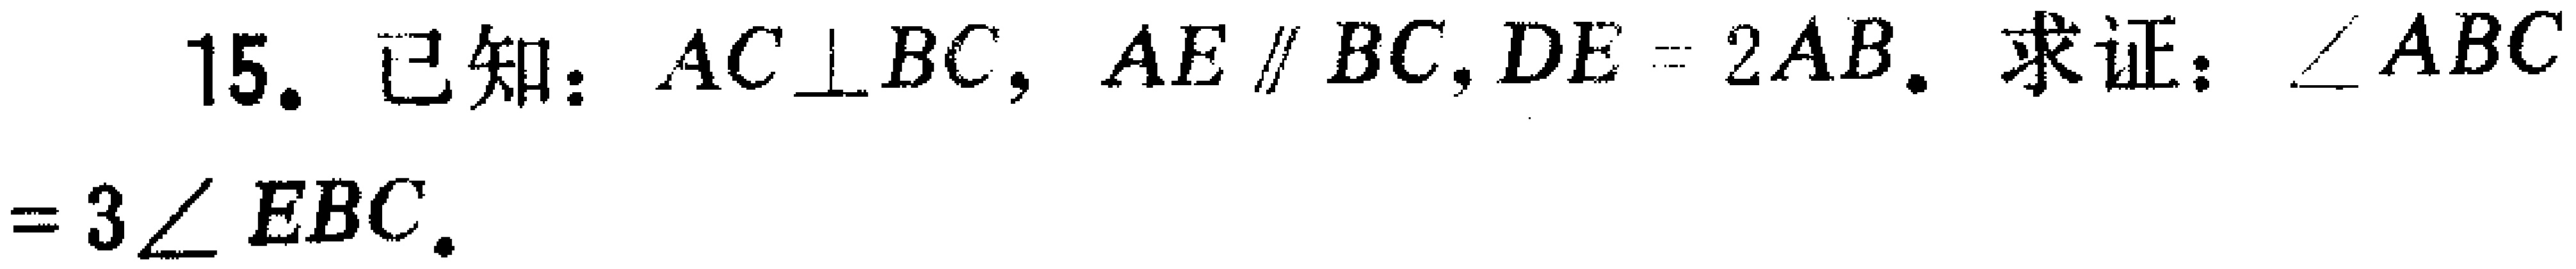
(3) 设 \(AE = t\)，\(\triangle EPF\) 面积为 \(S\)，试确定 \(S\) 关于 \(t\) 的函数关系式；当 \(S = 4.2\) 时，求所对应的 \(t\) 的值.